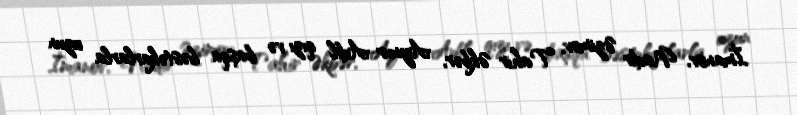
İmanov, Nadir Əzimov, Tahir Əkbər, Aynur Adil qızı və başqa bəstəkarlarla uzun